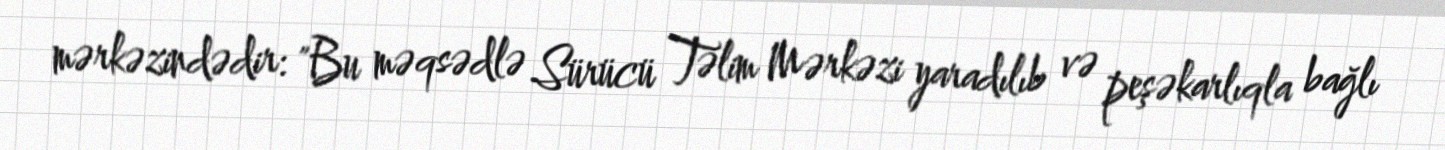
mərkəzindədir: "Bu məqsədlə Sürücü Təlim Mərkəzi yaradılıb və peşəkarlıqla bağlı